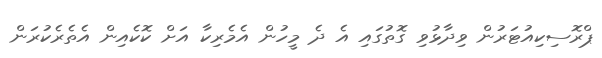
ޕްރޮސިކިއުޓަރުން ވިދާޅުވި ގޮތުގައި އެ ދެ މީހުން އެމެރިކާ އަށް ކޮކެއިން އެތެރެކުރަން